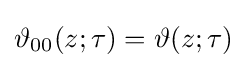
\vartheta _{00}(z;\tau )=\vartheta (z;\tau )